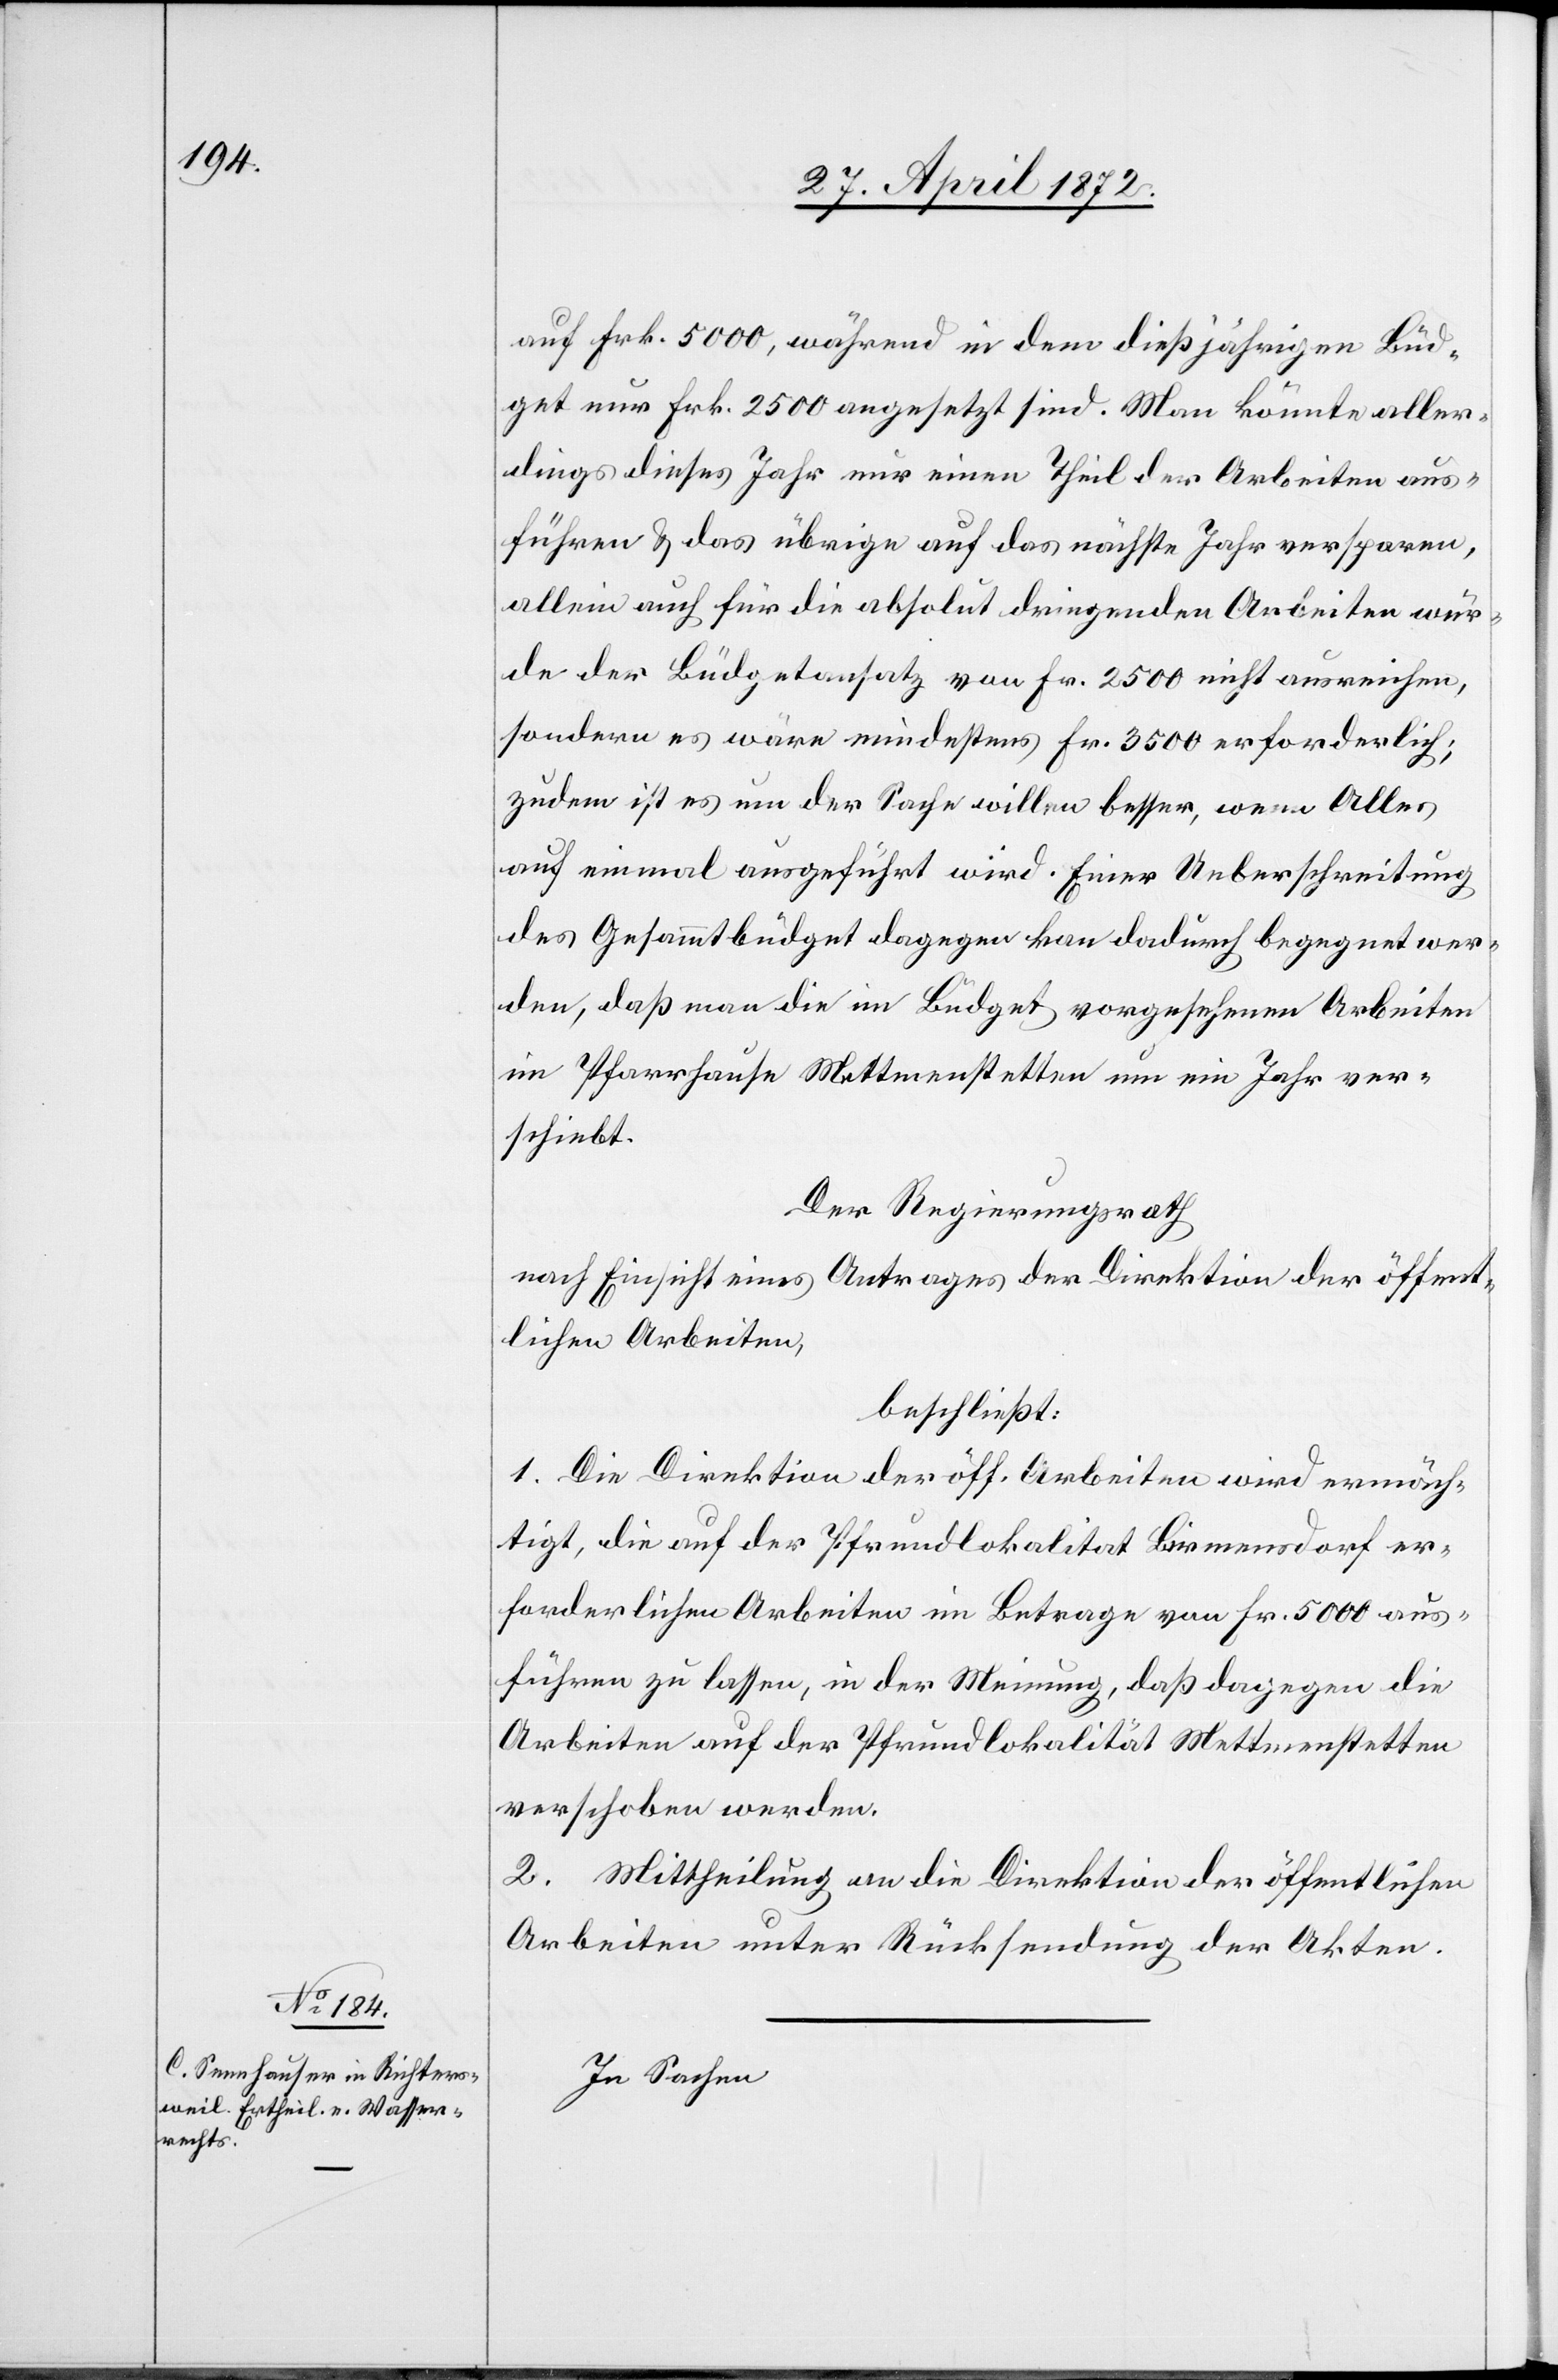
auf Frk. 5000, während in dem dießjährigen Büd¬
get nur Frk. 2500 angesetzt sind. Man könnte aller¬
dings dieses Jahr nur einen Theil der Arbeiten aus¬
führen u. das übrige auf das nächste Jahr versparen,
allein auch für die absolut dringenden Arbeiten wür¬
de der Büdgetansatz von Frk. 2500 nicht ausreichen,
sondern es wäre [sic!] mindestens Fr. 3500 erforderlich;
zudem ist es um der Sache willen besser, wenn Alles
auf einmal ausgeführt wird. Einer Ueberschreitung
des Gesammtbüdget dagegen kan[n] dadurch begegnet wer¬
den, daß man die im Büdget vorgesehenen Arbeiten
im Pfarrhause Mettmenstetten um ein Jahr ver¬
schiebt.
Der Regierungsrath[,]
nach Einsicht eines Antrages der Direktion der öffent¬
lichen Arbeiten,
beschließt:
1. Die Direktion der öff. Arbeiten wird ermäch¬
tigt, die auf der Pfrundlokalität Birmensdorf er¬
forderlichen Arbeiten im Betrage von Fr. 5000 aus¬
führen zu lassen, in der Meinung, daß dagegen die
Arbeiten auf der Pfrundlokalität Mettmenstetten
verschoben werden.
2. Mittheilung an die Direktion der öffentlichen
Arbeiten unter Rücksendung der Akten.
In Sachen